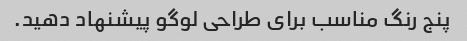
پنج رنگ مناسب برای طراحی لوگو پیشنهاد دهید.